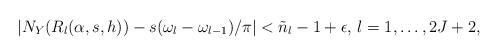
LaTeX: \begin{align*}|N_Y(R_l(\alpha,s,h))-s(\omega_{l}-\omega_{l-1})/\pi|<\tilde{n}_l-1+\epsilon,\,l=1,\ldots,2J+2,\end{align*}